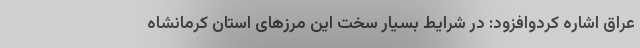
عراق اشاره کردوافزود: در شرایط بسیار سخت این مرزهای استان کرمانشاه